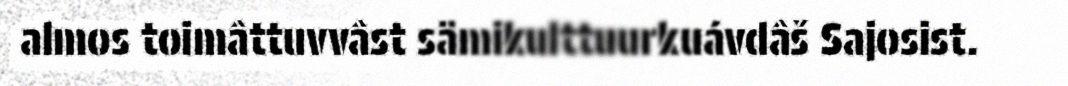
almos toimâttuvvâst sämikulttuurkuávdâš Sajosist.